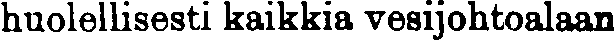
huolellisesti kaikkia vesijohtoalaan